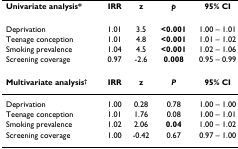
<table><thead><tr><td><b>Univariate analysis*</b></td><td><b>IRR</b></td><td><b>z</b></td><td><b><i>p</i></b></td><td><b>95% CI</b></td></tr></thead><tbody><tr><td>Deprivation</td><td>1.01</td><td>3.5</td><td><b>&lt;0.001</b></td><td>1.00 – 1.01</td></tr><tr><td>Teenage conception</td><td>1.01</td><td>4.8</td><td><b>&lt;0.001</b></td><td>1.01 – 1.02</td></tr><tr><td>Smoking prevalence</td><td>1.04</td><td>4.5</td><td><b>&lt;0.001</b></td><td>1.02 – 1.06</td></tr><tr><td>Screening coverage</td><td>0.97</td><td>-2.6</td><td><b>0.008</b></td><td>0.95 – 0.99</td></tr><tr><td><b>Multivariate analysis</b><sup><b>†</b></sup></td><td><b>IRR</b></td><td><b>z</b></td><td><b><i>P</i></b></td><td><b>95% CI</b></td></tr><tr><td>Deprivation</td><td>1.00</td><td>0.28</td><td>0.78</td><td>1.00 – 1.00</td></tr><tr><td>Teenage conception</td><td>1.01</td><td>1.76</td><td>0.08</td><td>1.00 – 1.01</td></tr><tr><td>Smoking prevalence</td><td>1.02</td><td>2.06</td><td><b>0.04</b></td><td>1.00 – 1.02</td></tr><tr><td>Screening coverage</td><td>1.00</td><td>-0.42</td><td>0.67</td><td>0.97 – 1.00</td></tr></tbody></table>